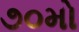
૭૦મો